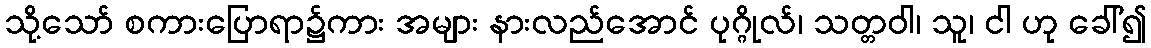
သို့သော် စကားပြောရာ၌ကား အများ နားလည်အောင် ပုဂ္ဂိုလ်၊ သတ္တဝါ၊ သူ၊ ငါ ဟု ခေါ်၍